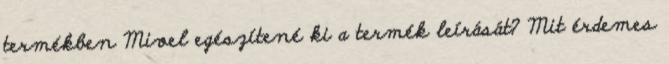
termékben Mivel egészítené ki a termék leírását? Mit érdemes